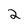
Character: 2